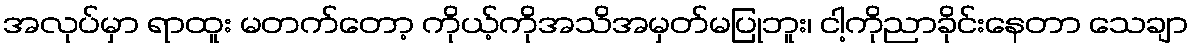
အလုပ်မှာ ရာထူး မတက်တော့ ကိုယ့်ကိုအသိအမှတ်မပြုဘူး၊ ငါ့ကိုညာခိုင်းနေတာ သေချာ